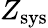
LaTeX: Z_{\mathrm{sys}}